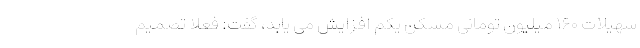
سهیلات ۱۶۰ میلیون تومانی مسکن یکم افزایش می یابد، گفت: فعلا تصمیم